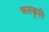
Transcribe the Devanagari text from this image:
चलकृमि